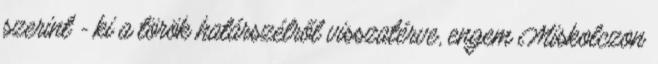
szerint - ki a török határszélről visszatérve, engem Miskolczon